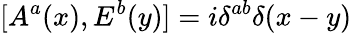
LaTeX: [A^{a}(x),E^{b}(y)]=i\delta^{ab}\delta(x-y)